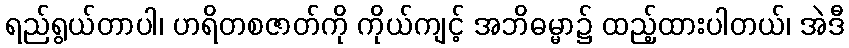
ရည်ရွယ်တာပါ၊ ဟရိတစဇာတ်ကို ကိုယ်ကျင့် အဘိဓမ္မာ၌ ထည့်ထားပါတယ်၊ အဲဒီ